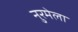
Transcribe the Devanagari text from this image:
नुरमेला